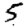
Digit: 5